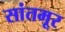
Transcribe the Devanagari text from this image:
सांतमूर